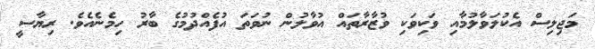
މަޖިލިސް އެކުލަވާލުމާއި ވަކިވަކި ވުޒާރާތައް އުވާލުން ނުވަތަ އުފެއްދުމުގެ ބާރު ހިމެނެއެވެ. ރިޔާސީ